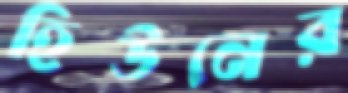
হিউনের